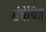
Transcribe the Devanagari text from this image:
संबेधित